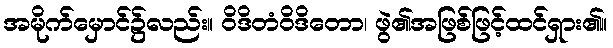
အမိုက်မှောင်၌လည်း။ ဝိဒိတံဝိဒိတော၊ ဖွဲ၏အဖြစ်ဖြင့်ထင်ရှား၏။